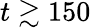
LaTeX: t\gtrsim 150